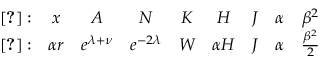
\begin{array} { c c c c c c c c c } { { \cite { b h k } : } } & { { x } } & { { A } } & { { N } } & { { K } } & { { H } } & { { J } } & { { \alpha } } & { { \beta ^ { 2 } } } \\ { { \cite { b f m 2 } : } } & { { \alpha r } } & { { e ^ { \lambda + \nu } } } & { { e ^ { - 2 \lambda } } } & { { W } } & { { \alpha H } } & { { J } } & { { \alpha } } & { { \frac { \beta ^ { 2 } } { 2 } } } \end{array}